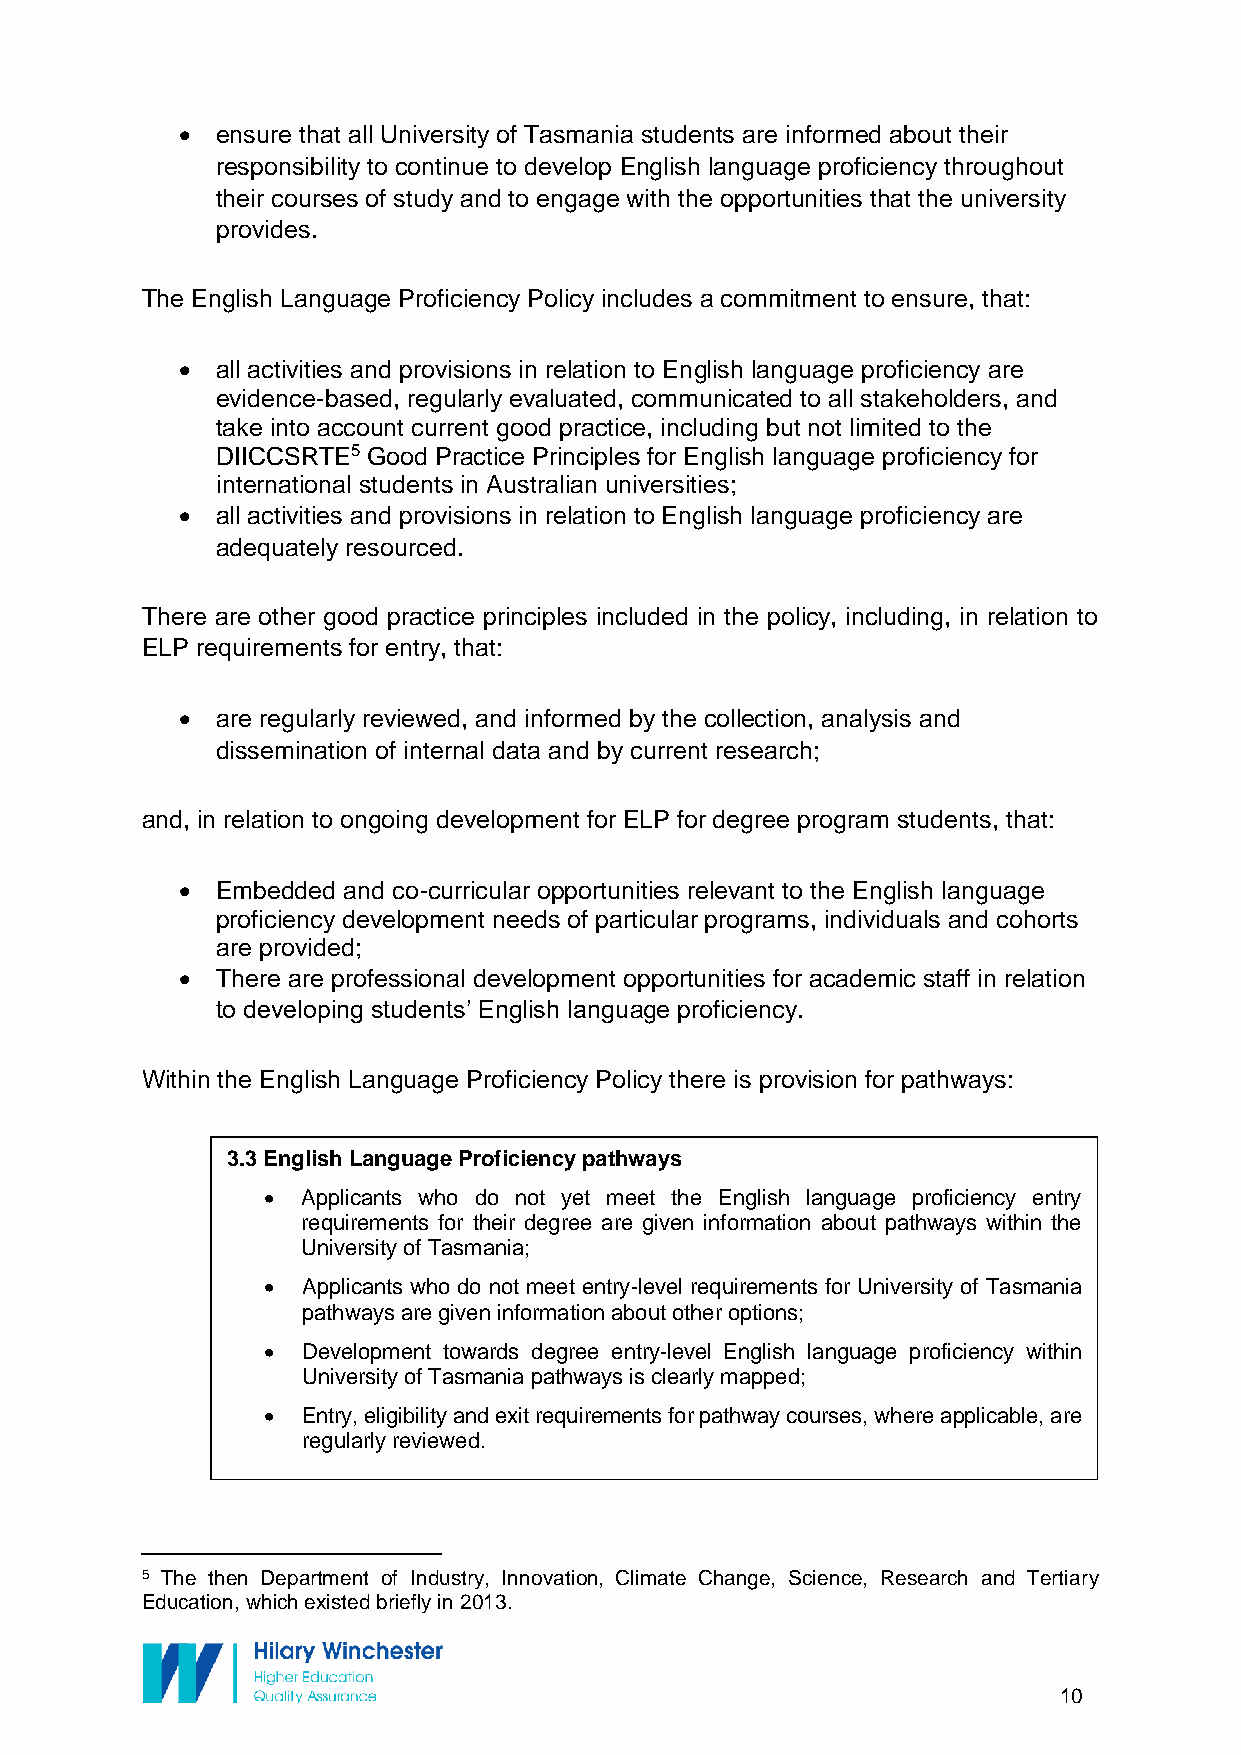
• ensure that all University of Tasmania students are informed about their
 responsibility to continue to develop English language proficiency throughout
 their courses of study and to engage with the opportunities that the university
 provides.
 The English Language Proficiency Policy includes a commitment to ensure, that:
 • all activities and provisions in relation to English language proficiency are
 evidence-based, regularly evaluated, communicated to all stakeholders, and
 take into account current good practice, including but not limited to the
 DIICCSRTE5 Good Practice Principles for English language proficiency for
 international students in Australian universities;
 • all activities and provisions in relation to English language proficiency are
 adequately resourced.
 There are other good practice principles included in the policy, including, in relation to
 ELP requirements for entry, that:
 • are regularly reviewed, and informed by the collection, analysis and
 dissemination of internal data and by current research;
 and, in relation to ongoing development for ELP for degree program students, that:
 • Embedded and co-curricular opportunities relevant to the English language
 proficiency development needs of particular programs, individuals and cohorts
 are provided;
 • There are professional development opportunities for academic staff in relation
 to developing students’ English language proficiency.
 Within the English Language Proficiency Policy there is provision for pathways:
 3.3 English Language Proficiency pathways
 •  Applicants who do not yet meet the English language proficiency entry
 requirements for their degree are given information about pathways within the
 University of Tasmania;
 •  Applicants who do not meet entry-level requirements for University of Tasmania
 pathways are given information about other options;
 •  Development towards degree entry-level English language proficiency within
 University of Tasmania pathways is clearly mapped;
 •  Entry, eligibility and exit requirements for pathway courses, where applicable, are
 regularly reviewed.
 5 The then Department of Industry, Innovation, Climate Change, Science, Research and Tertiary
 Education, which existed briefly in 2013.
 10